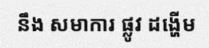
នឹង សមាការ ផ្លូវ ដង្ហើម